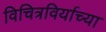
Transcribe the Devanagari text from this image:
विचित्रविर्याच्या